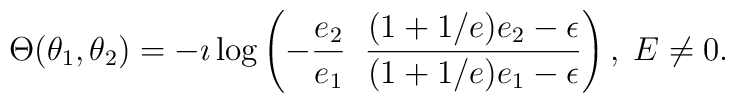
\Theta(\theta_1,\theta_2)=-\imath\log\left(               -\frac{e_2}{e_1}\;\;        \frac{(1+1/e)e_2-\epsilon}{(1+1/e)e_1-\epsilon}                  \right),\; E\neq 0 .